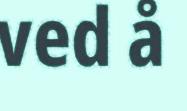
ved å